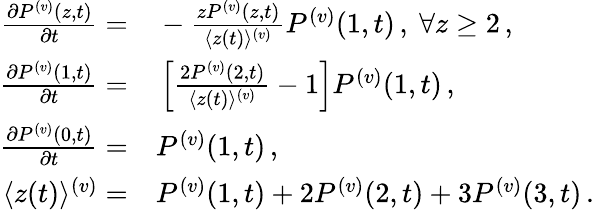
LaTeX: \begin{array}{rl}{\frac{\partial P^{(v)}({z},{t})}{\partial t}=}&{{}-\frac{zP^{(v)}({z},{t})}{\langle z(t)\rangle^{(v)}}P^{(v)}({1},{t})\, ,\mathrm{~}\forall z\ge 2\, ,}\\ {\frac{\partial P^{(v)}({1},{t})}{\partial t}=}&{{}\left[\frac{2P^{(v)}({2},{t})}{\langle z(t)\rangle^{(v)}}-1\right]P^{(v)}({1},{t})\, ,}\\ {\frac{\partial P^{(v)}({0},{t})}{\partial t}=}&{{}P^{(v)}({1},{t})\, ,}\\ {\langle z(t)\rangle^{(v)}=}&{{}P^{(v)}({1},{t})+2P^{(v)}({2},{t})+3P^{(v)}({3},{t})\, .}\end{array}